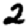
Digit: 2